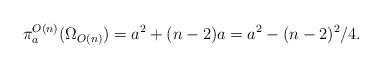
LaTeX: \begin{align*} \pi^{O(n)}_a(\Omega_{O(n)}) = a^2 + (n-2)a = a_{}^2 - (n-2)^2/4. \end{align*}